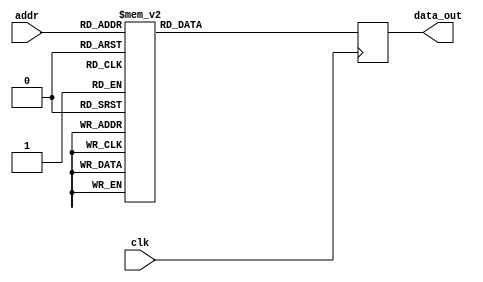
`timescale 1ns / 1ps
//////////////////////////////////////////////////////////////////////////////////
// Company: 
// Engineer: 
// 
// Design Name: 
// Module Name: rom
// Project Name: 
// Target Devices: 
// Tool Versions: 
// Description: 
// 
// Dependencies: 
// 
// Revision:
// Revision 0.01 - File Created
// Additional Comments:
// 
//////////////////////////////////////////////////////////////////////////////////


module rom(data_out, addr, clk);
output reg[15:0] data_out;
input[3:0] addr;
input clk;

reg [15:0] ROM[15:0];
initial data_out=16'h0;
always @(negedge clk)
begin
ROM[4'd0]=16'h5601; ROM[4'd1]=16'h3401;
ROM[4'd2]=16'h1801; ROM[4'd3]=16'h0ac1;
ROM[4'd4]=16'h0521; ROM[4'd5]=16'h0221;
ROM[4'd6]=16'h5601; ROM[4'd7]=16'h5401;
ROM[4'd8]=16'h4801; ROM[4'd9]=16'h3801;
ROM[4'd10]=16'h3001; ROM[4'd11]=16'h2401;
ROM[4'd12]=16'h1c01; ROM[4'd13]=16'h1601;
ROM[4'd14]=16'h5601; ROM[4'd15]=16'h5401;
data_out=ROM[addr];
end
endmodule